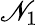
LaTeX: \mathscr{N}_{1}